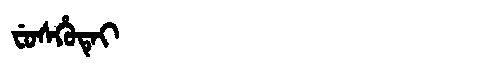
Manchu: ᠸᡠᠰᡥᡠᡨᡝᡳ
Romanization: FUSHUTEI